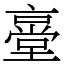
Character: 㙶